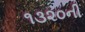
૧૩૨૦ની